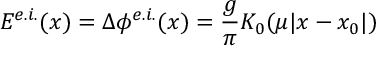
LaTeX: E ^ { e . i . } ( x ) = \Delta \phi ^ { e . i . } ( x ) = \frac { g } { \pi } K _ { 0 } ( \mu | x - x _ { 0 } | )